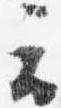
云